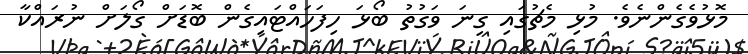
މޮޅުވެގެންނެވެ. މުޅި މެޗުގައި ގިނަ ވަގުތު ބޯޅަ ހިފަހައްޓައިގެން ބޮޑަށް ގޯލަށް ނުރައްކާ